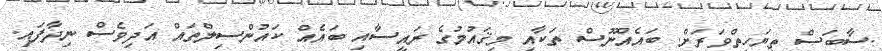
.ސާބަސް ތިޔަހިތްވަރަށް. ބައެއްނޫސް ތަކާއި މިޤައުމުގެ ރައީސާއި ބައެއް ކައުންސިލްތައް އަދިވެސް ނިދާފައި.